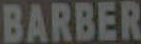
BARBER